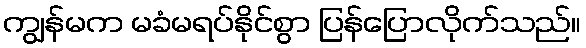
ကျွန်မက မခံမရပ်နိုင်စွာ ပြန်ပြောလိုက်သည်။